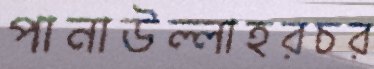
পানাউল্লাহরচর